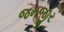
જમજીર